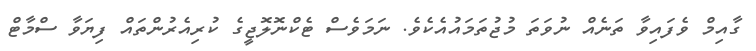
ގާއިމް ވެފައިވާ ތަނެއް ނުވަތަ މުޖުތަމައުއެކެވެ. ނަމަވެސް ޓެކްނޮލޮޖީގެ ކުރިއެރުންތައް ފިޔަވާ ސްމާޓް